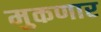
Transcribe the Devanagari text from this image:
मुकणार